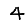
Digit: 4